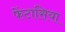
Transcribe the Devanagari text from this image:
फेंटासिया